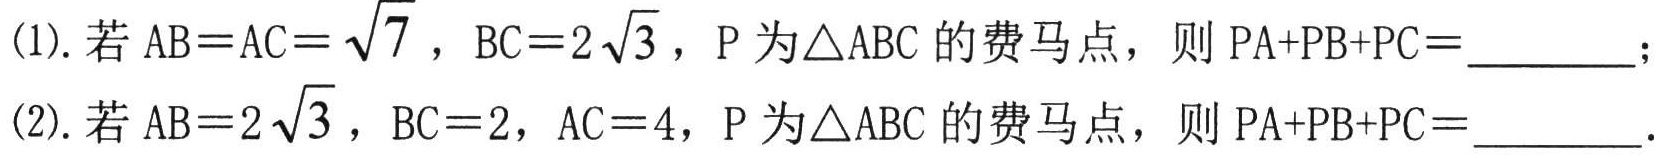
(1). 若 \(AB = AC=\sqrt{7}\)，\(BC = 2\sqrt{3}\)，\(P\) 为\(\triangle ABC\) 的费马点，则 \(PA + PB + PC=\_\_\_\_\_\)；
(2). 若 \(AB = 2\sqrt{3}\)，\(BC = 2\)，\(AC = 4\)，\(P\) 为\(\triangle ABC\) 的费马点，则 \(PA + PB + PC=\_\_\_\_\_\).